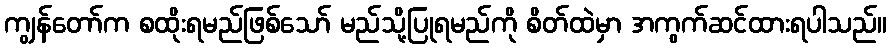
ကျွန်တော်က စထိုးရမည်ဖြစ်သော် မည်သို့ပြုရမည်ကို စိတ်ထဲမှာ အကွက်ဆင်ထားရပါသည်။